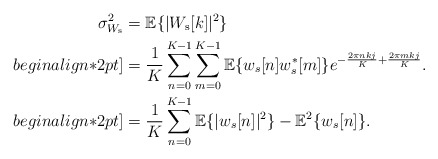
\begin{align*} \sigma_{W_{\rm s}}^2&=\mathbb{E}\{|W_{\rm s}[k]|^2\}\\begin{align*}2pt] &=\frac{1}{K}\sum_{n=0}^{K-1}\sum_{m=0}^{K-1}\mathbb{E}\{ w_s[n]w_s^*[m]\}e^{-\frac{2\pi nkj}{K}+\frac{2\pi mkj}{K}}.\\begin{align*}2pt] &=\frac{1}{K}\sum_{n=0}^{K-1}\mathbb{E}\{ |w_s[n]|^2\}-\mathbb{E}^2\{w_s[n]\}.\end{align*}